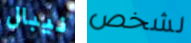
نيبال لشخص